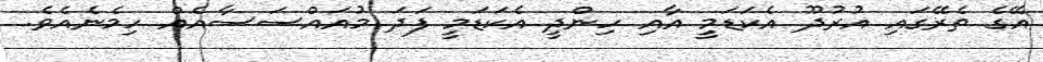
އޭގެ ތެރޭގައި އުރުދޫ އެކަޑަމީ އާއި ހިންދީ އެކަޑަމީ ފަދަ މުއައްސަސާއެއް ހިމެނެއެވެ.